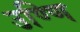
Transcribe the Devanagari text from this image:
उण्णि